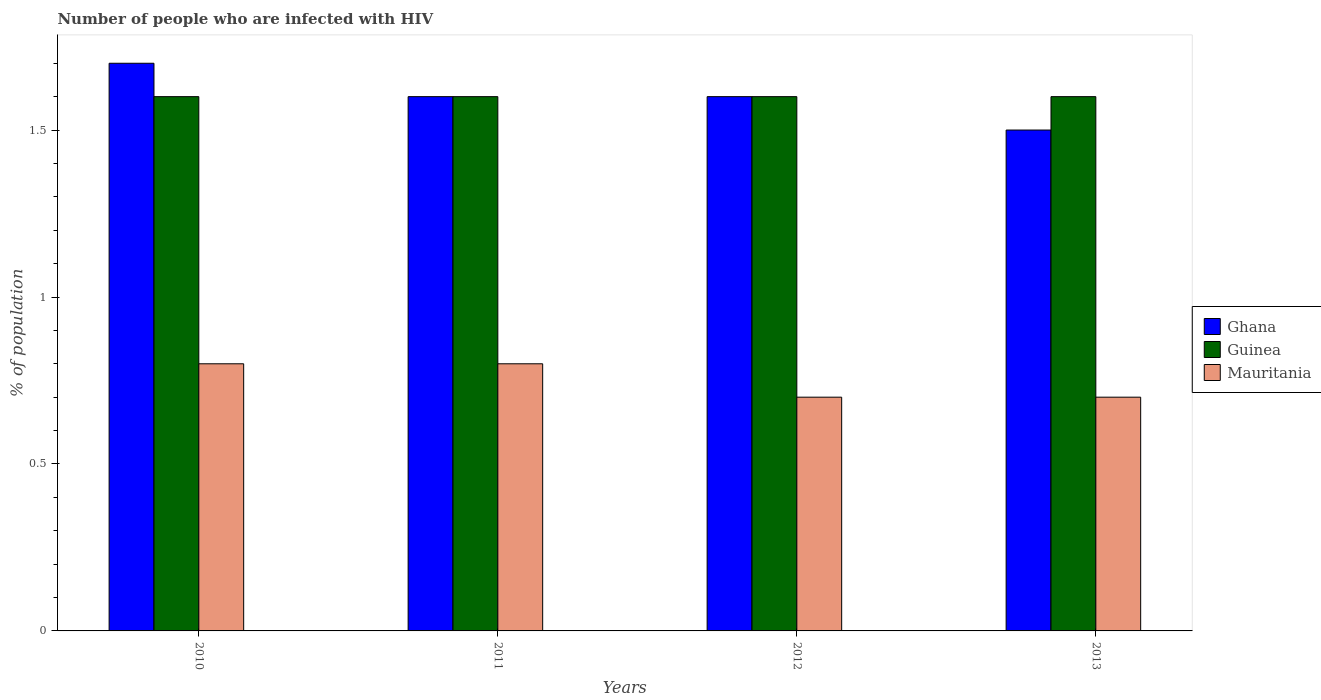
| Years | Ghana | Guinea | Mauritania |
 | --- | --- | --- | --- |
 | 2010 | 1.7 | 1.6 | 0.8 |
 | 2011 | 1.6 | 1.6 | 0.8 |
 | 2012 | 1.6 | 1.6 | 0.7 |
 | 2013 | 1.5 | 1.6 | 0.7 |